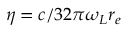
\eta = c / 3 2 \pi \omega _ { L } r _ { e }